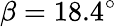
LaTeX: \beta=18.4^{\circ}